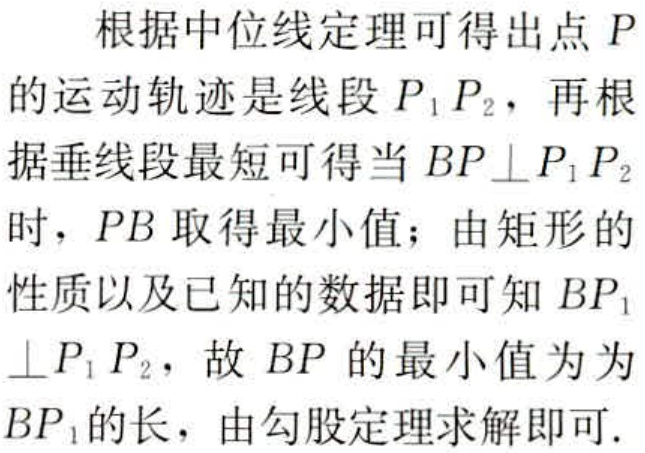
根据中位线定理可得出点 \(P\) 的运动轨迹是线段 \(P_{1}P_{2}\)，再根据垂线段最短可得当 \(BP\perp P_{1}P_{2}\) 时，\(PB\) 取得最小值；由矩形的性质以及已知的数据即可知 \(BP_{1}\perp P_{1}P_{2}\)，故 \(BP\) 的最小值为为 \(BP_{1}\) 的长，由勾股定理求解即可.